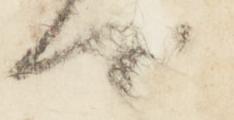
可